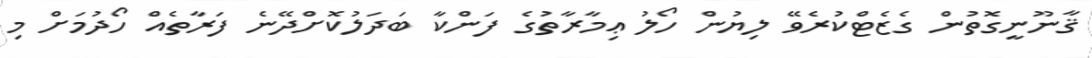
ޤާނޫނީގޮތުން ގެޒެޓްކުރެވޭ ލިޔުން ހޯލު ޢިމާރާތުގެ ފަންކާ ބަދަލުކޮށްދޭނެ ފަރާތެއް ހޯދުމަށް މި